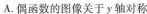
A.偶函数的图像关于y轴对称